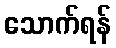
သောက်ရန်